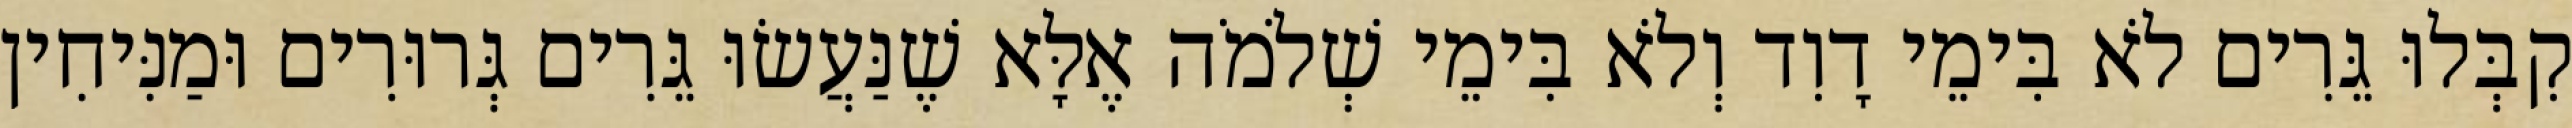
קִבְּלוּ גֵּרִים לֹא בִּימֵי דָוִד וְלֹא בִּימֵי שְׁלֹמֹה אֶלָּא שֶׁנַּעֲשׂוּ גֵּרִים גְּרוּרִים וּמַנִּיחִין